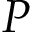
P